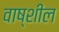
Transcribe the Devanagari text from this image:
वाष्शील